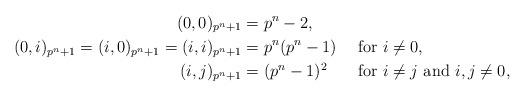
LaTeX: \begin{align*}(0,0)_{p^n+1} &= p^n-2, \\(0,i)_{p^n+1} = (i,0)_{p^n+1} = (i,i)_{p^n+1} &= p^n(p^n-1) &&\textrm{for } i \ne 0,\\(i,j)_{p^n+1} &= (p^n-1)^2 &&\textrm{for } i \ne j \textrm{ and } i,j \ne 0, \end{align*}